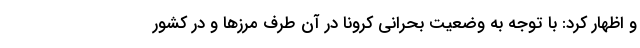
و اظهار کرد: با توجه به وضعیت بحرانی کرونا در آن طرف مرزها و در کشور